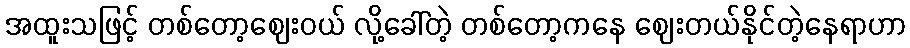
အထူးသဖြင့် တစ်တော့ဈေးဝယ် လို့ခေါ်တဲ့ တစ်တော့ကနေ ဈေးတယ်နိုင်တဲ့နေရာဟာ